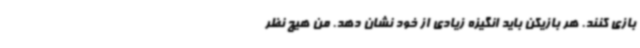
بازی کنند. هر بازیکن باید انگیزه زیادی از خود نشان دهد. من هیچ نظر